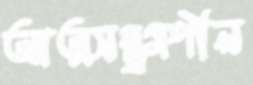
আত্মসম্ভ্রমশীল